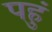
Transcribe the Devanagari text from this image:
पहुं